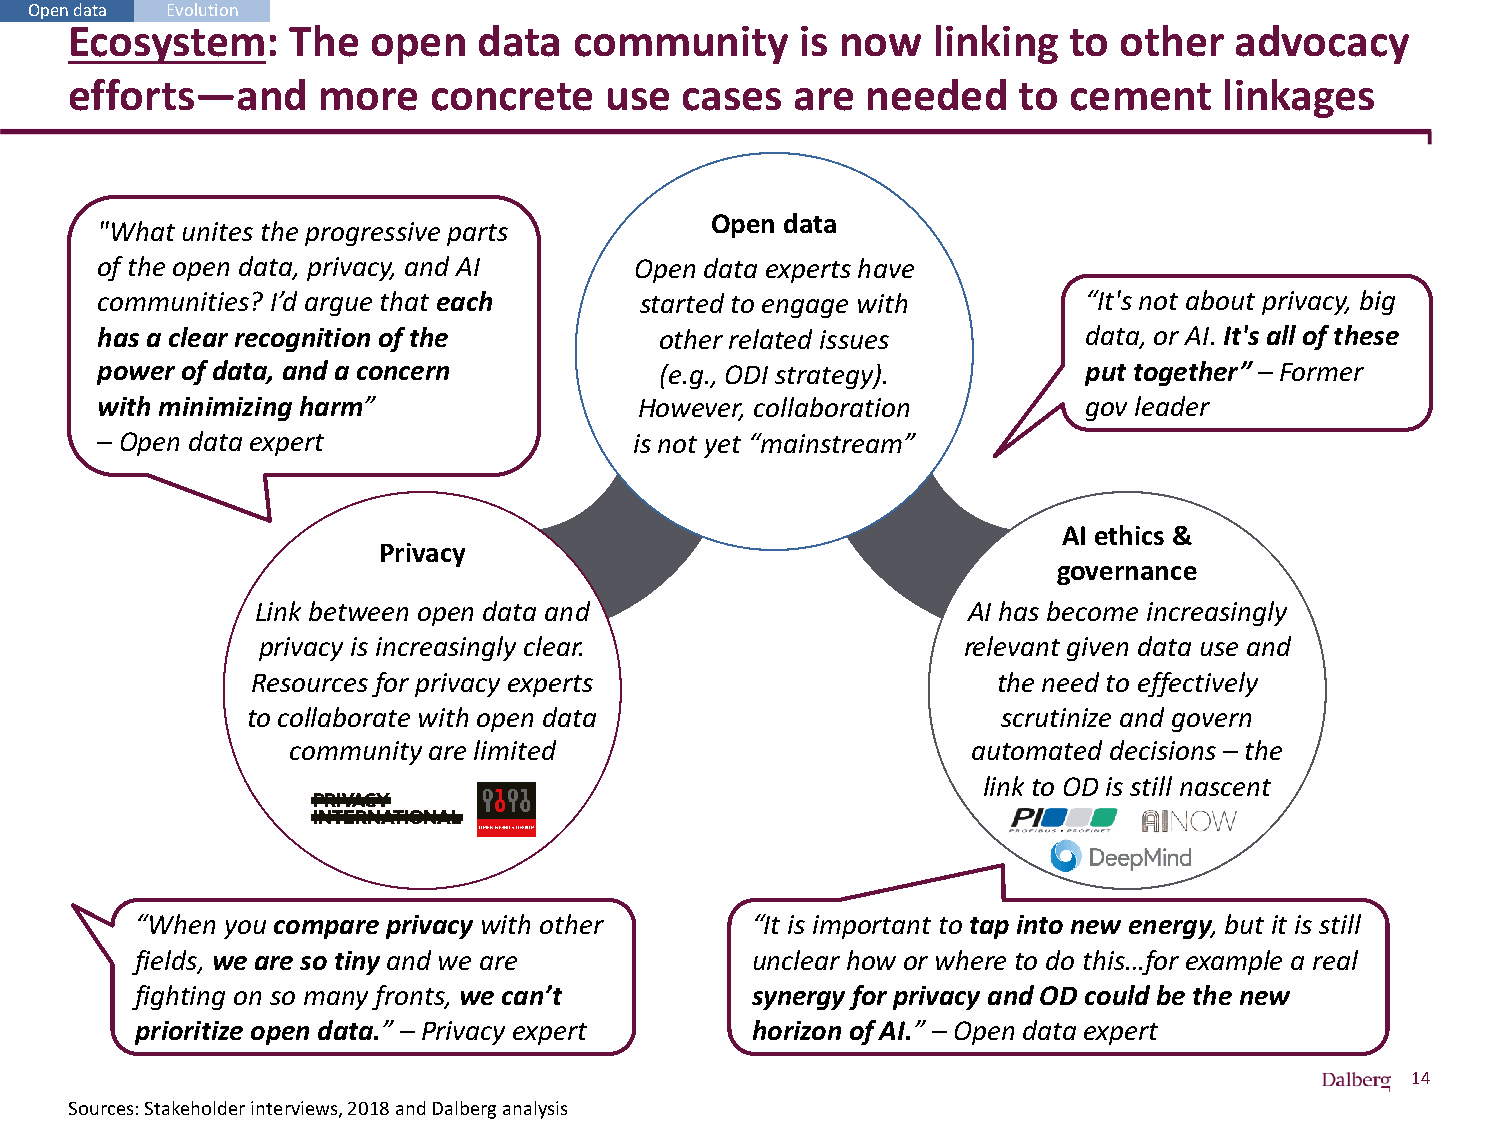
Open data Evolution
 Ecosystem:    The   open   data  community      is now   linking  to other   advocacy
 efforts—and     more   concrete    use  cases   are needed    to  cement    linkages
 Open data
 "What unites the progressive parts
 of the open data, privacy, and AI   Open data experts have
 communities? I’d argue that each    started to engage with        “It's not about privacy, big
 has a clear recognition of the        other related issues        data, or AI. It's all of these
 power of data, and a concern          (e.g., ODI strategy).       put together” – Former
 with minimizing harm”               However, collaboration        gov leader
 – Open data expert                  is not yet “mainstream”
 AI ethics &
 Privacy
 governance
 Link between open data and                     AI has become increasingly
 privacy is increasingly clear.                 relevant given data use and
 Resources for privacy experts                    the need to effectively
 to collaborate with open data                     scrutinize and govern
 community are limited                        automated decisions – the
 link to OD is still nascent
 “When you compare privacy with other     “It is important to tap into new energy, but it is still
 fields, we are so tiny and we are        unclear how or where to do this…for example a real
 fighting on so many fronts, we can’t     synergy for privacy and OD could be the new
 prioritize open data.” – Privacy expert  horizon of AI.” – Open data expert
 14
 Sources: Stakeholder interviews, 2018 and Dalberg analysis